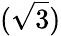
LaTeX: (\sqrt{3})